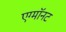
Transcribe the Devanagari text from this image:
एग्माॅनट